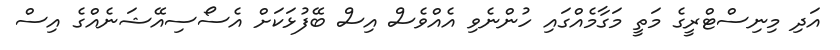
އަދި މިނިސްޓްރީގެ މަތީ މަގާމެއްގައި ހުންނެވި އެއްވެސް އިސް ބޭފުޅަކަށް އެސޯސިއޭޝަނެއްގެ އިސް